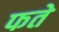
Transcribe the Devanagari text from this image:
फते